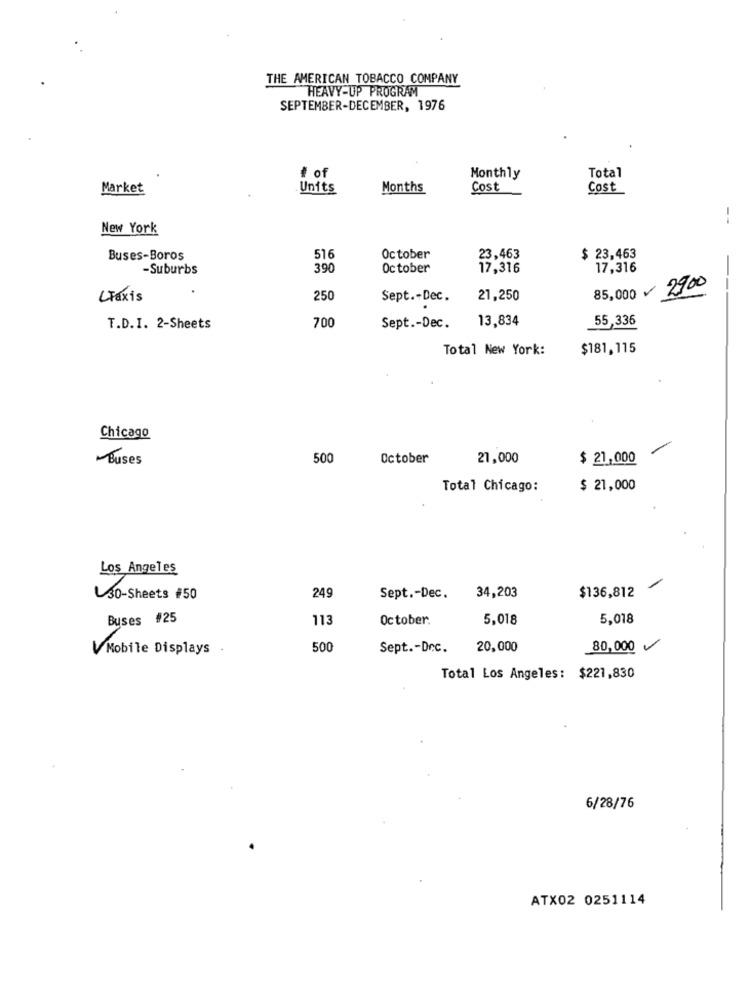
THE AMERICAN TOBACCO COMPANY
HEAVY-UP PROGRAM
SEPTEMBER-DECEMBER, 1976
Total
# of
Monthly
Market
Units
Months
Cost
Cost
New York
Buses-Boros
516
October
23,463
$ 23,463
-Suburbs
390
October
17,316
17,316
85,000 - 2900
LTaxis
250
Sept .- Dec.
21,250
.
700
13,834
55,336
T.D.I. 2-Sheets
Sept .- Dec.
Total New York:
$181,115
Chicago
Buses
500
October
21,000
$ 21,000
Total Chicago:
$ 21,000
Los Angeles
$136,812
30-Sheets #50
249
Sept .- Dec.
34,203
Buses #25
113
October.
5,018
5,018
VMobile Displays .
500
Sept .- Dec.
20,000
80,000
Total Los Angeles: $221,830
6/28/76
ATX02 0251114